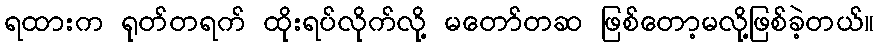
ရထားက ရုတ်တရက် ထိုးရပ်လိုက်လို့ မတော်တဆ ဖြစ်တော့မလို့ဖြစ်ခဲ့တယ်။